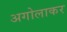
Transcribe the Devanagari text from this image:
अगोलाकर